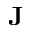
{ \bf J }